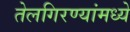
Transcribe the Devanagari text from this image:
तेलगिरण्यांमध्ये